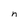
Character: n